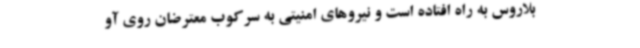
بلاروس به راه افتاده است و نیروهای امنیتی به سرکوب معترضان روی آو